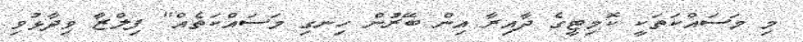
މި މަސައްކަތަކީ ކޮމިޓީގެ ދާއިރާ އިން ބޭރުން ހިނގި މަސައްކަތެއް" ފިލްޒާ ވިދާޅުވި